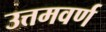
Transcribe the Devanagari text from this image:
उत्तमवर्ण